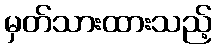
မှတ်သားထားသည့်